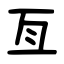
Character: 亙